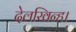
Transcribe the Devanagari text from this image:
देलखिन्ह।